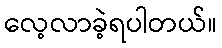
လေ့လာခဲ့ရပါတယ်။